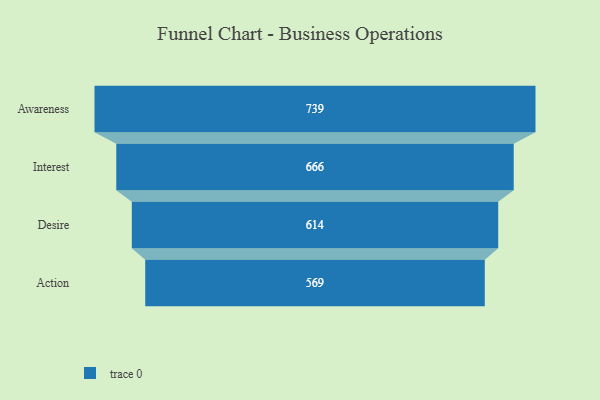
{"axis": {"x": "Stage", "y": "Value"}, "legend": [""], "data": [{"x": "Awareness", "y": 739.0, "type": ""}, {"x": "Interest", "y": 666.0, "type": ""}, {"x": "Desire", "y": 614.0, "type": ""}, {"x": "Action", "y": 569.0, "type": ""}]}